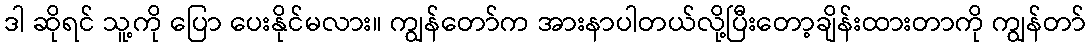
ဒါ ဆိုရင် သူ့ကို ပြော ပေးနိုင်မလား။ ကျွန်တော်က အားနာပါတယ်လို့ပြီးတော့ချိန်းထားတာကို ကျွန်တာ်